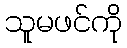
သူမဖင်ကို